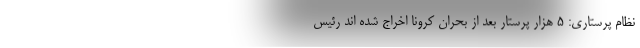
نظام پرستاری: ۵ هزار پرستار بعد از بحران کرونا اخراج شده اند رئیس